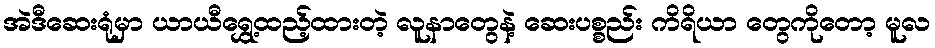
အဲဒီဆေးရုံမှာ ယာယီရွှေ့ထည့်ထားတဲ့ လူနာတွေနဲ့ ဆေးပစ္စည်း ကိရိယာ တွေကိုတော့ မူလ